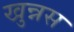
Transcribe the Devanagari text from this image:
खुन्नस